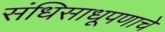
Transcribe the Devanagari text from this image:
संधिसाधूपणाचे